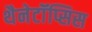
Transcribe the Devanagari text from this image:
थैनेटॉॅप्सिस